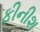
ફીનીશ